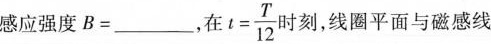
感应强度B=___，在$$t = \frac { T } { 1 2 }$$时刻，线圈平面与磁感线